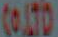
COO